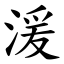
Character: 湲